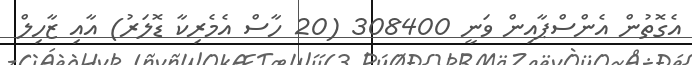
އެގޮތުން އެންސްޕާއިން ވަނީ 308400 (20 ހާސް އެމެރިކާ ޑޮލަރު) އާއި ޒާހިލް